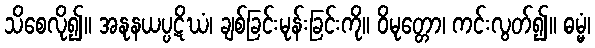
သိစေလို၍။ အနုနယပ္ပဋိဃံ၊ ချစ်ခြင်းမုန်းခြင်းကို။ ဝိမုတ္တော၊ ကင်းလွတ်၍။ ဓမ္မံ၊